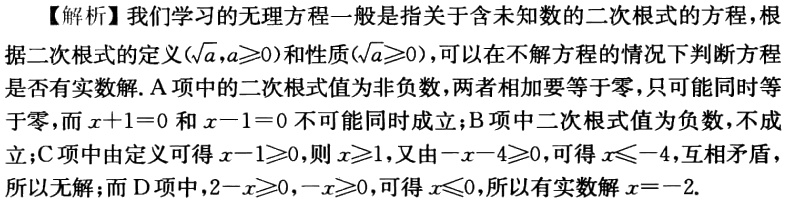
【解析】我们学习的无理方程一般是指关于含未知数的二次根式的方程，根据二次根式的定义\((\sqrt{a},a \geqslant 0)\)和性质\((\sqrt{a} \geqslant 0)\)，可以在不解方程的情况下判断方程是否有实数解. A项中的二次根式值为非负数，两者相加要等于零，只可能同时等于零，而\(x + 1 = 0\)和\(x - 1 = 0\)不可能同时成立；B项中二次根式值为负数，不成立；C项中由定义可得\(x - 1 \geqslant 0\)，则\(x \geqslant 1\)，又由\(-x - 4 \geqslant 0\)，可得\(x \leqslant - 4\)，互相矛盾，所以无解；而D项中，\(2 - x \geqslant 0\)，\(-x \geqslant 0\)，可得\(x \leqslant 0\)，所以有实数解\(x = - 2\).